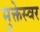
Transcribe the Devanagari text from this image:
मुक्तेस्वर